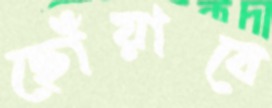
ছোঁয়াবে